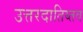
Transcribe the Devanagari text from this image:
उत्तरदातिय्तव